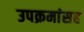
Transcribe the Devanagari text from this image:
उपक्रमांसह